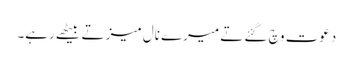
دعوت وچ گئے تے میرے نال میز تے بیٹھے رہے۔